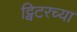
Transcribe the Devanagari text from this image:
ट्विटरच्या